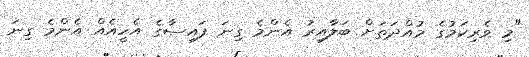
"މި ވެރިކަމުގެ މުއްދަތަށް ބަލާއިރު އެންމެ ގިނަ ފައިސާގެ އެހީއެއް އެންމެ ގިނަ